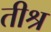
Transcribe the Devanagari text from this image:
तीश्र